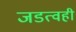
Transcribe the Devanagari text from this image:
जडत्वही